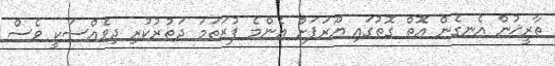
ތާރީޚުން އެނގެން އޮތް ގޮތުގައި ޔޫރަޕަށް އެންމެ ފުރަތަމަ ދަތުރުކުރި ދިވެއްސަކީ ވެސް